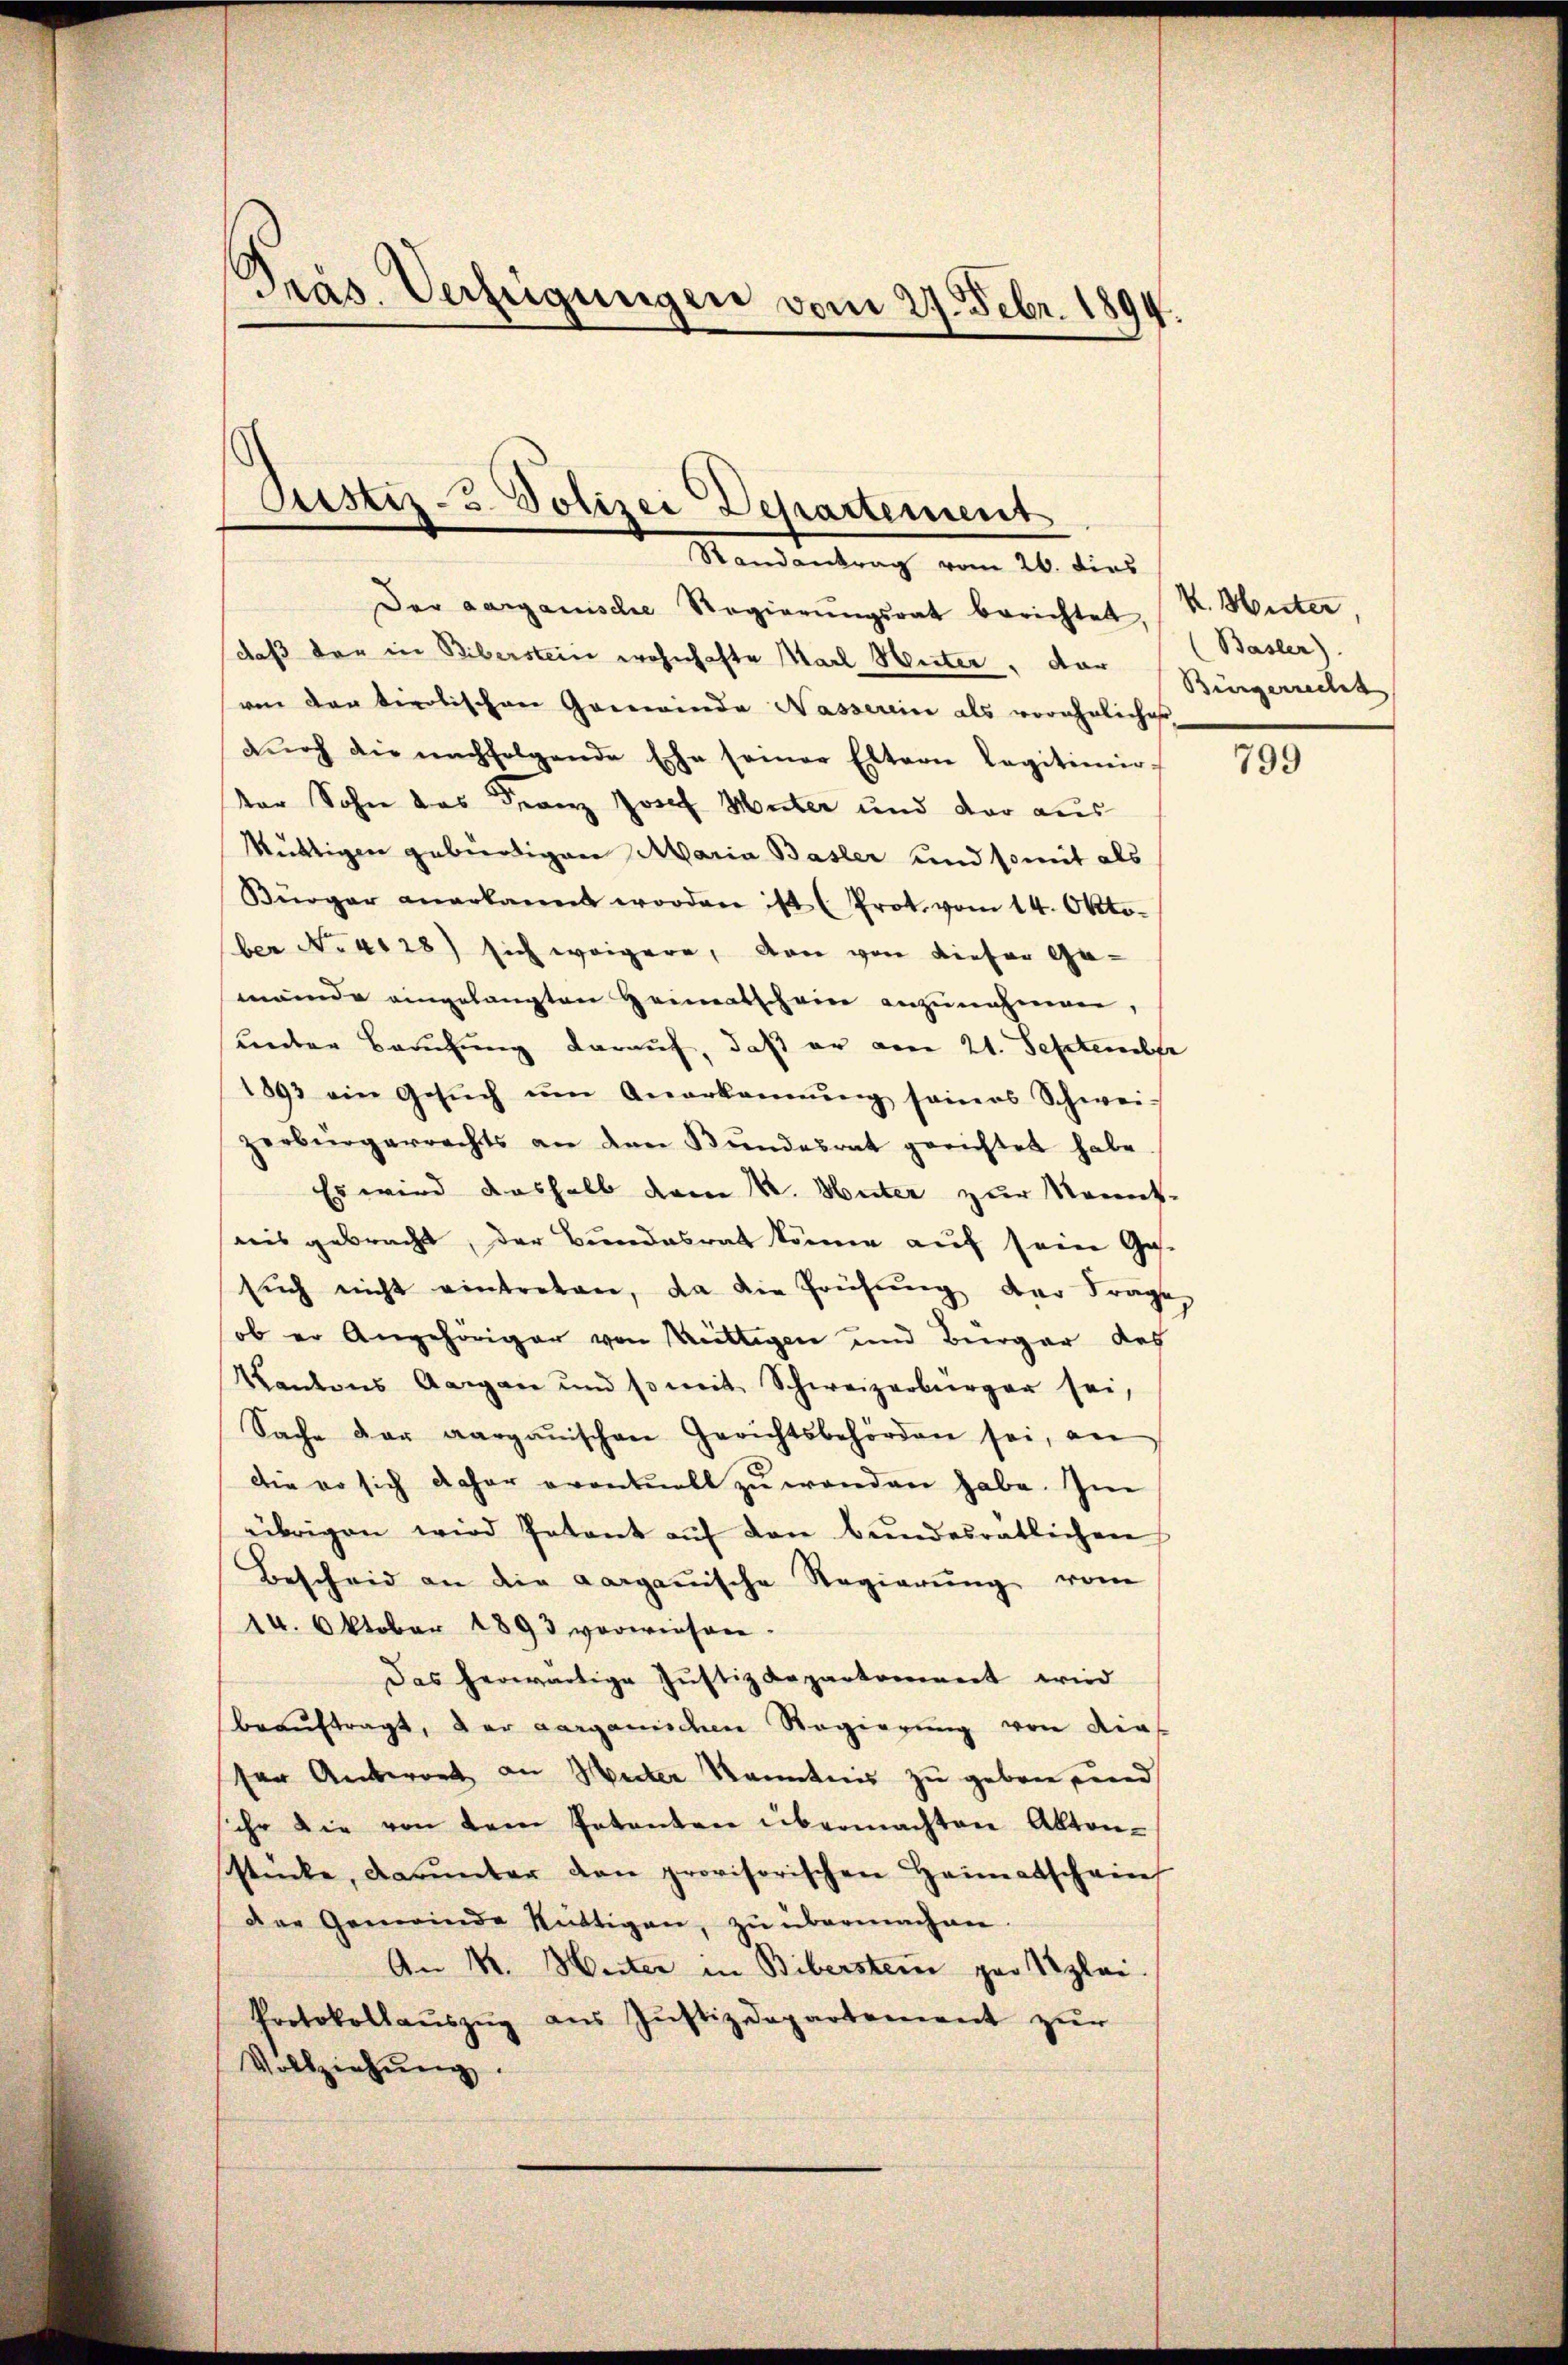
Präs. Verfügungen vom 27. Febr. 1894.

Justiz-5. Polizei Departements
Randantrag vom 26. dies

Der aarganische Regierŭngsrat berichtet, (K. Weiter
daß der in Biberstein wohnhafte Karl Weiter, der Bürgerrecht
von den tirolischen Gemeinde Nasserein als verehrlicher
aŭrch die nachfolgende Ehe seiner Eltern legitimir
ter Sohn das Franz Josef Muter und der aus
Müttigen gebürtigen Maria Basler und somit als
Bürger anerkannt worden ist (Prot. vom 14. Okto-
ber No. 4128) sich weigere, dann von dieser Gemände eingelangten Heimatschein anzunehmen,
unden Berufung darauf, daß er am 21. September
1893 ein Gesŭch ŭm Anerkannŭng seines Schwei-
zerbürgerrechts an den Bŭndesrat gerichtet habe
Es wird deshalb dem K. Hüter zur Kenntnis gebracht, der Bundesrat könne auf sein Ge-
sŭch nicht eintreten, da die Prüfŭng der Frage
ob er Angehöriger von Wiltigen und Bürger des
Kantons Aargau und somit Schweizerbürger sei,
Sache der aargauischen Gerichtsbehörden sei, an
die er sich daher eventuell zu wenden habe. Im
übrigen wird Petent aŭf den Bŭndesratlichen
Bescheid an die aarganische Regierŭng vom
14. Oktober 1893 vorwiesere.
Das herwärtige Justizdepartement wird
beauftragt, der aarganischen Regierung von dies
ser Unteront an Meter Kenntnis zu geben und
ihr die von dem Petenten übermachten Akten-
stücke, darunter den provisorischen Heimatschrif
der Gemeinde Rüttigen, zu übermachen
An M. Weiter in Biberstein par lei
Protokollaŭszŭg aŭs Jŭstizdepartement zŭr
Vollziehŭng.

(Basler).

799